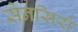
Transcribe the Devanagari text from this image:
सेनसिरो